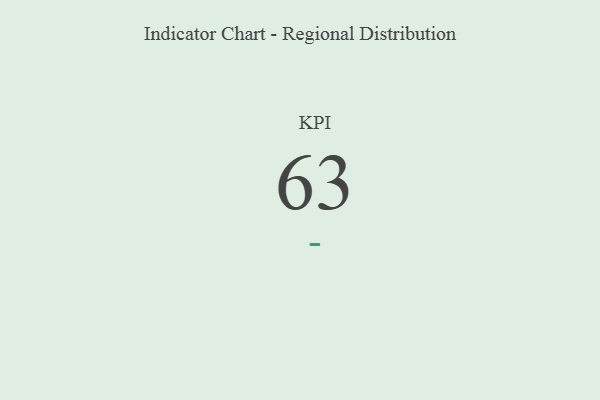
{"axis": {"x": "KPI", "y": "Value"}, "legend": [""], "data": [{"x": "KPI", "y": 63, "type": ""}]}